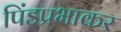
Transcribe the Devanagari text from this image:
पिंडप्रभाकर